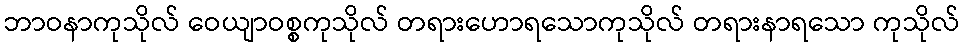
ဘာဝနာကုသိုလ် ဝေယျာဝစ္စကုသိုလ် တရားဟောရသောကုသိုလ် တရားနာရသော ကုသိုလ်